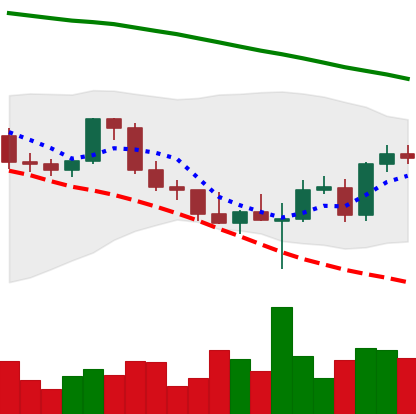
Ticker: ETH-USD
Chart end date: 2022-03-02
Forward return: -15.333%
Label: down_7plus